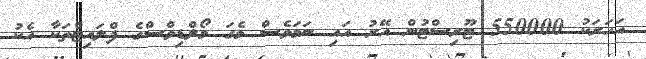
އަހަރަކު 550000 ޓޫރިސްޓުން އޭރު އައި ނަމަވެސް މެގަ މޯލްޑިވްސްގެ ފްލައިޓްތަކާ އެކު